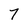
Character: 7